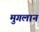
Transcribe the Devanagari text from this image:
मुगलान